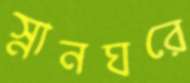
স্নানঘরে